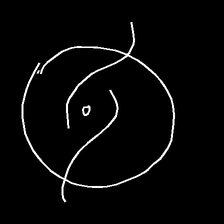
Glyph: repetition